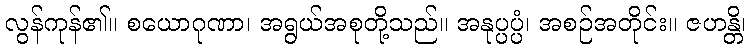
လွန်ကုန်၏။ စယောဂုဏာ၊ အရွယ်အစုတို့သည်။ အနုပ္ပပ္ပံ၊ အစဉ်အတိုင်း။ ဇဟန္တိ၊